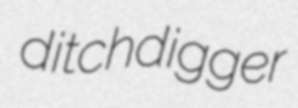
ditchdigger